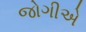
જોગીએ